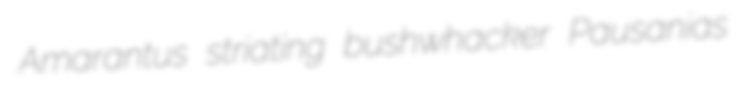
Amarantus striating bushwhacker Pausanias